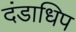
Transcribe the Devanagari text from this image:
दंडाधिप